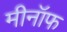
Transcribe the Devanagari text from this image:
मीनॉफ